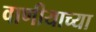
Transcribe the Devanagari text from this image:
वाणीयाच्या